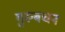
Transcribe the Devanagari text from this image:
गुरुबचन